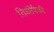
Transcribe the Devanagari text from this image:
तिघींपैकी